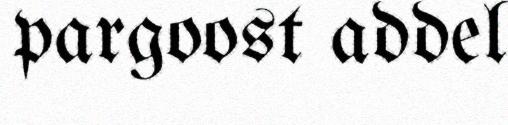
pargoost addel